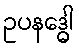
ဥပနဒ္ဓေါ